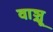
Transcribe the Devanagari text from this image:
वाञ्चू